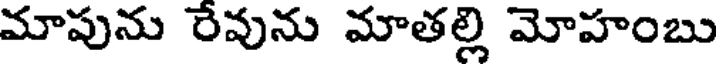
మాపును రేవును మాతల్లి మోహంబు